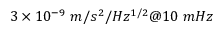
3 \times 1 0 ^ { - 9 } \ m / s ^ { 2 } / H z ^ { 1 / 2 } @ 1 0 \ m H z